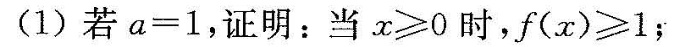
（1）若a=1,证明：当x>=0时，f(x)>=1;